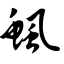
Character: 鲺